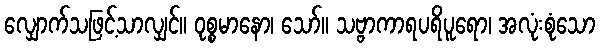
လျှောက်သဖြင့်သာလျှင်။ ဝုစ္စမာနော၊ သော်။ သဗ္ဗာကာရပရိပူရော၊ အလုံးစုံသော